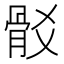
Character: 𩨟